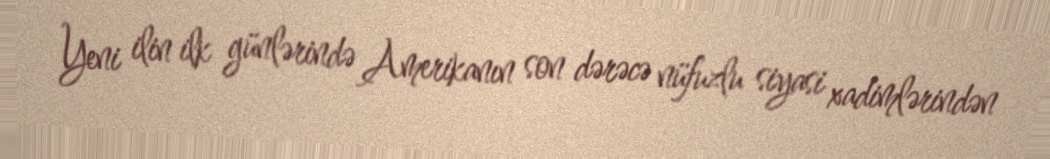
Yeni ilin ilk günlərində Amerikanın son dərəcə nüfuzlu siyasi xadimlərindən